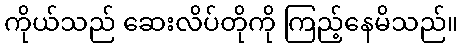
ကိုယ်သည် ဆေးလိပ်တိုကို ကြည့်နေမိသည်။